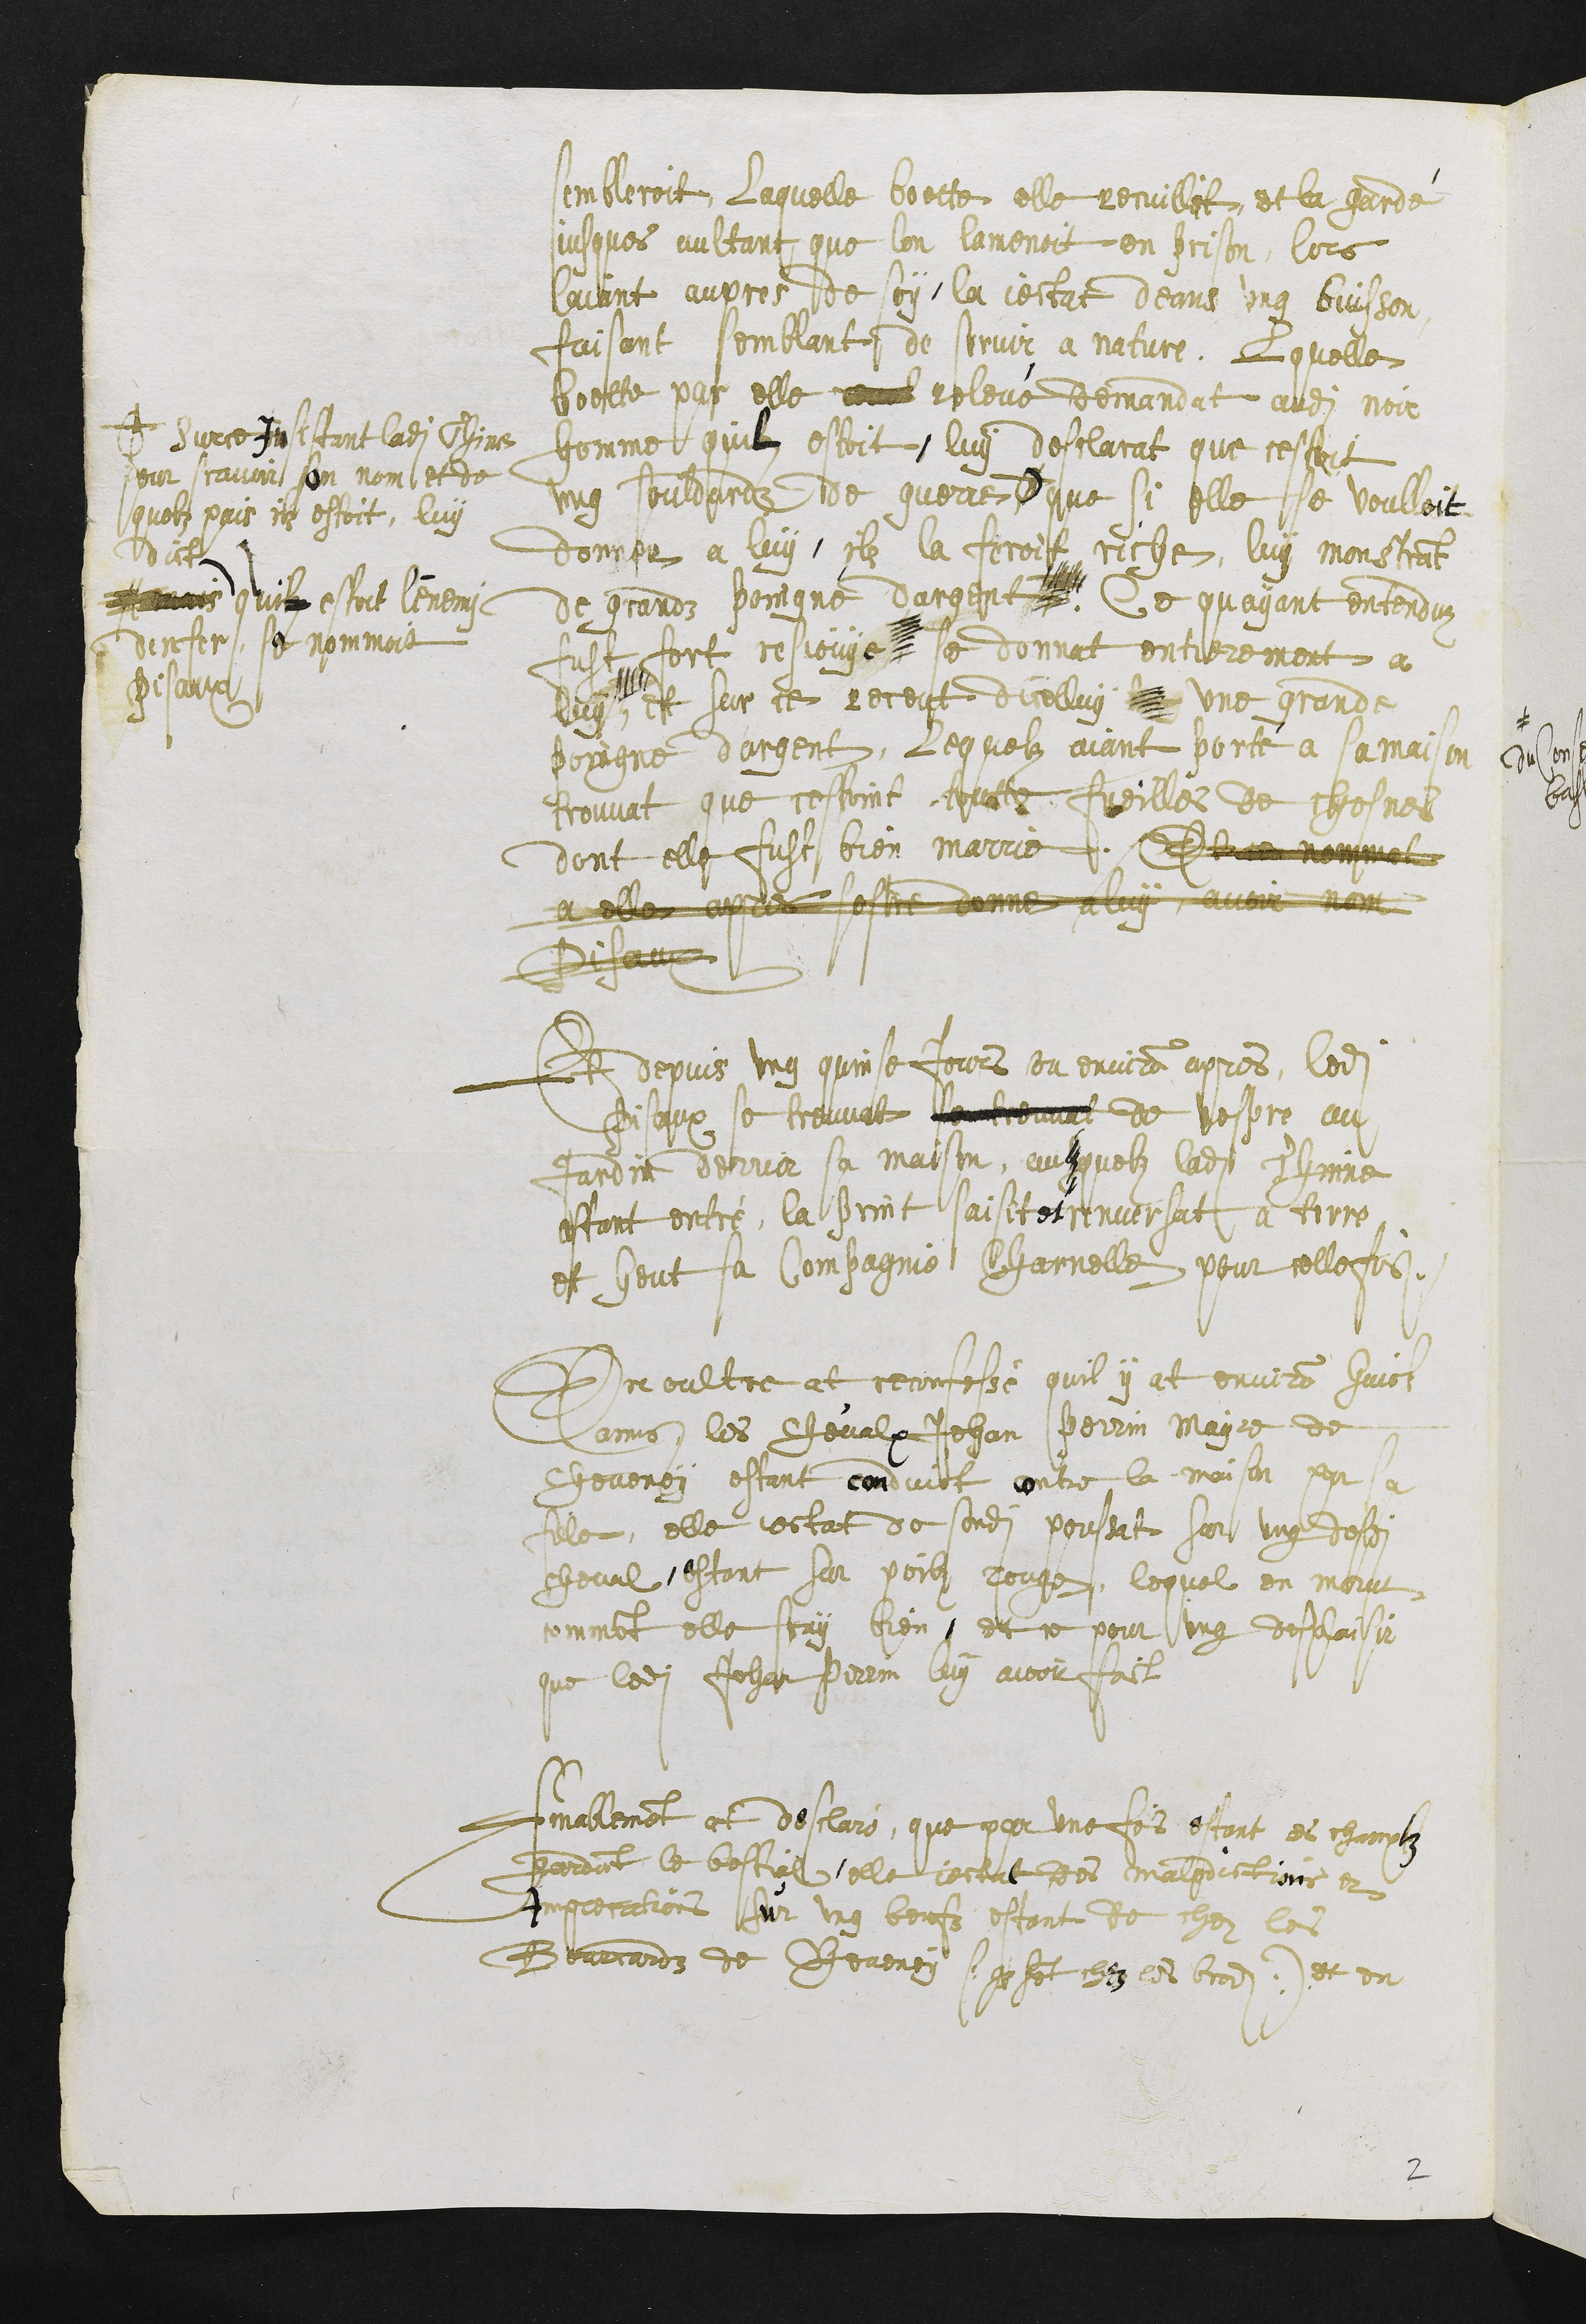
sembleroit, laquelle boette elle recuillit, et la gardé
jusques aultant que lon lamenoit en prison, lors
laiant aupres de soy, la jectat deans ung buisson
faisant semblant de servir a nature. Laquelle
boette par elle relevé demandat audit noir
homme quil estoit, luy desclarat que cestoit
ung souldardz de guerre #
# Surce Insistant ladite Thine
pour scavoir son nom et de
quelz pais il estoit, luy
dict
mais quil estoit l'enemi
denfer, se nommoit
Pisaux
que si elle se voulloit
donner a luy, ilz la feroit riche, luy monstrant
de grandz poingné dargent, Ce quayant entenduz
fust fort resjouye se donnat entierement a
luy, et sur ce receut dicelluy une grande
poingne d'argent, lequelz aiant porté a sa maison
trouvat que cestoint toutte fueilles de chesnes
dont elle fust bien marrie. Et ce nommat
a elles apres sestre donne a luy, avoir nom
Pisaux
Et depuis ung quinze jours ou environ apres, ledit
Pisaux se treuvat se treuvat de vespre au
jardin derrier sa maison, ausquelz ladite Thinne
estant entré, la print saisit et renversat a terre
et heut sa Compagnie Charnelle pour celle fois.
En oultre at reconfessé quil y at environ huitt
anes, les chevalx Jehan Perrin Mayre de
Cheveney estant conduict contre la maison par sa
fille, elle jectat de sondit poussat sur ung desdits
cheval, estant sur poilz rouge, lequel en morut
comment elle scay bien, et ce pour ung desplaisir
que ledit Jehan Perrin luy avoir faict
Finablement at declaré, que par une fois estant es chanptz
gardant le bestial, elle jectat des maledictions et
Imprecations sur ung beufz estant de chez les
Bourcardz de Cheveney (que sont chez les brod) et en
2